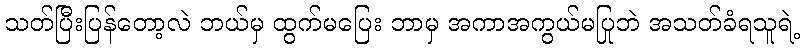
သတ်ပြီးပြန်တော့လဲ ဘယ်မှ ထွက်မပြေး ဘာမှ အကာအကွယ်မပြုဘဲ အသတ်ခံရသူရဲ့